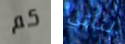
كم لتأتي